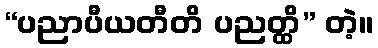
“ပညာပီယတီတိ ပညတ္ထိ” တဲ့။